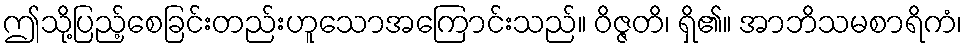
ဤသို့ပြည့်စေခြင်းတည်းဟူသောအကြောင်းသည်။ ဝိဇ္ဇတိ၊ ရှိ၏။ အာဘိသမစာရိကံ၊